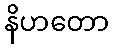
နိဟတော